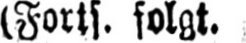
(Forts. folgt.